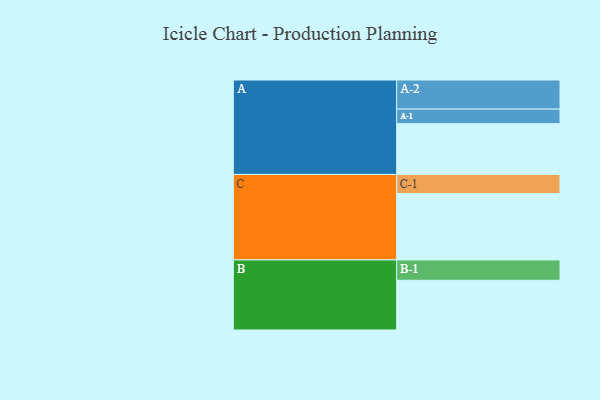
{"axis": {"x": "Segment", "y": "Value"}, "legend": ["", "A", "B", "C"], "data": [{"x": "A", "y": 431, "type": ""}, {"x": "B", "y": 422, "type": ""}, {"x": "C", "y": 564, "type": ""}, {"x": "A-1", "y": 124, "type": "A"}, {"x": "A-2", "y": 247, "type": "A"}, {"x": "B-1", "y": 173, "type": "B"}, {"x": "C-1", "y": 162, "type": "C"}]}